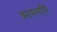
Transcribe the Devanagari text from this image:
वनस्त्पति